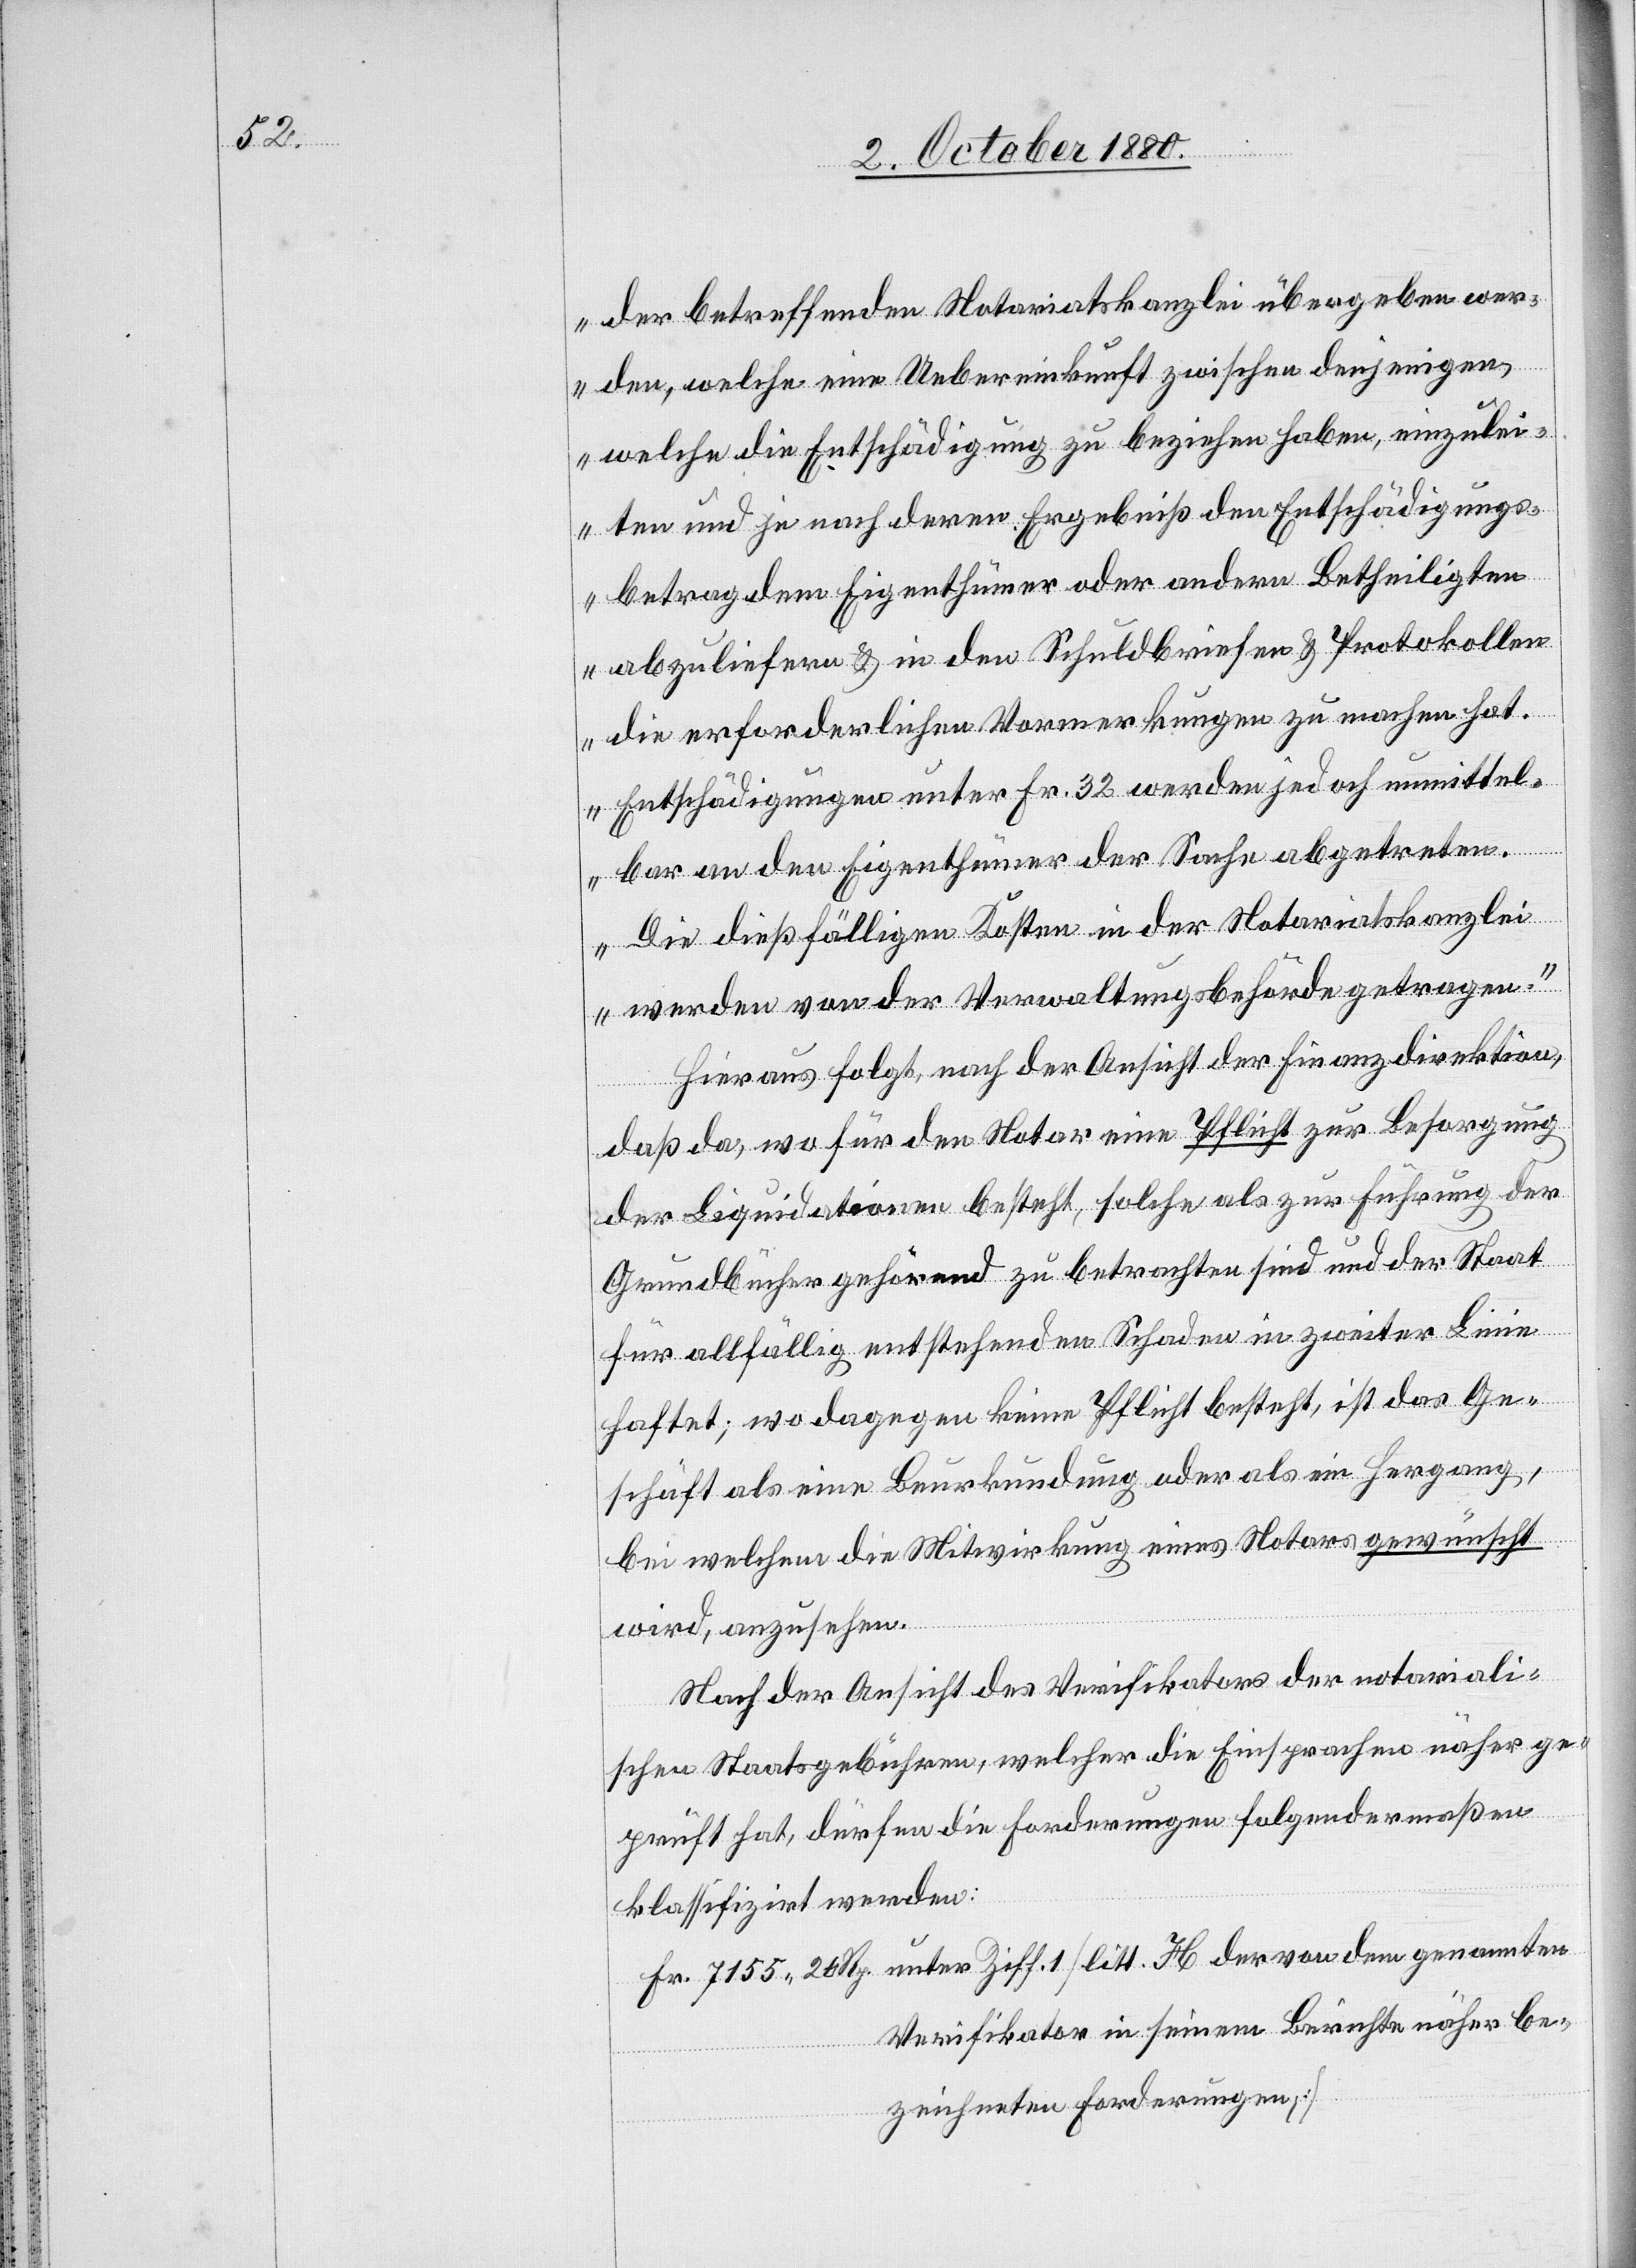
der betreffenden Notariatskanzlei übergeben wer¬
den, welche eine Uebereinkunft zwischen denjenigen,
welche die Entschädigung zu beziehen haben, einzulei¬
ten und je nach deren Ergebniß den Entschädigungs¬
betrag dem Eigenthümer oder andern Betheiligten
abzuliefern & in den Schuldbriefen & Protokollen
die erforderlichen Vormerkungen zu machen hat.
Entschädigungen unter Fr. 32 werden jedoch unmittel¬
bar an den Eigenthümer der Sache abgetreten.
Die dießfälligen Kosten in der Notariatskanzlei
werden von der Verwaltungsbehörde getragen.“
Hieraus folgt, nach der Ansicht der Finanzdirektion,
daß da, wo für den Notar eine Pflicht zur Besorgung
der Liquidation besteht, solche als zur Führung der
Grundbücher gehörend zu betrachten sind und er Staat
für allfällig entstehenden Schaden in zweiter Linie
haftet; wo dagegen keine Pflicht besteht, ist das Ge¬
schäft als eine Beurkundung oder als ein Hergang,
bei welchem die Mitwirkung eines Notars gewünscht
wird, anzusehen.
Nach der Ansicht des Verifikators der notariali¬
schen Staatsgebühren, welcher die Einsprachen näher ge¬
prüft hat, dürfen die Forderungen folgendermaßen
klassifizirt werden:
Fr. 7155 20 Rp. unter Ziff. 1 [litt. H der von dem genannten
Verifikator in seinem Berichte näher be¬
zeichneten Forderungen,]